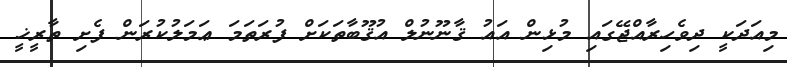
މިއަދަކީ ދިވެހިރާއްޖޭގައި މުޅިން އައު ޤާނޫނުލް އުޤޫބާތަކަށް ފުރަތަމަ ޢަމަލުކުރަން ފެށި ތާރީޚީ